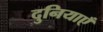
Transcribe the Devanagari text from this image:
दुनियाएँ